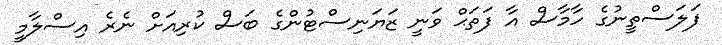
ފަލަސްތީނުގެ ހާމާސް އާ ފަތަޙް ވަނީ ޒަަޔަނިސްޓުންގެ ބަސް ކުރިއަށް ނެރެ އިސްލާމީ